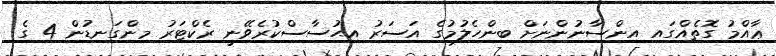
ޢާއްމު ގޮތެއްގައި އިންސާނުންނަށް ބިންހެލުމުގެ އަސަރު އިޙުސާސްކުރެވޭނީ ރެކްޓަރު މިންގަނޑުން 4 ގެ